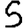
Digit: 5